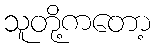
သူတို့ကတော့